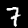
Digit: 7